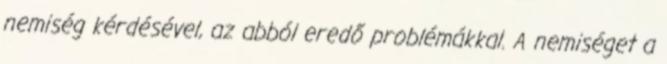
nemiség kérdésével, az abból eredő problémákkal. A nemiséget a